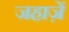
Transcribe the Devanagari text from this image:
जहाज़ें